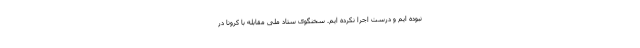
نبوده ایم و درست اجرا نکرده ایم. سخنگوی ستاد ملی مقابله با کرونا در